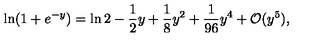
\ln ( 1 + e ^ { - y } ) = \ln 2 - \frac { 1 } { 2 } y + \frac { 1 } { 8 } y ^ { 2 } + \frac { 1 } { 9 6 } y ^ { 4 } + { \cal O } ( y ^ { 5 } ) ,